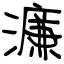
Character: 濂